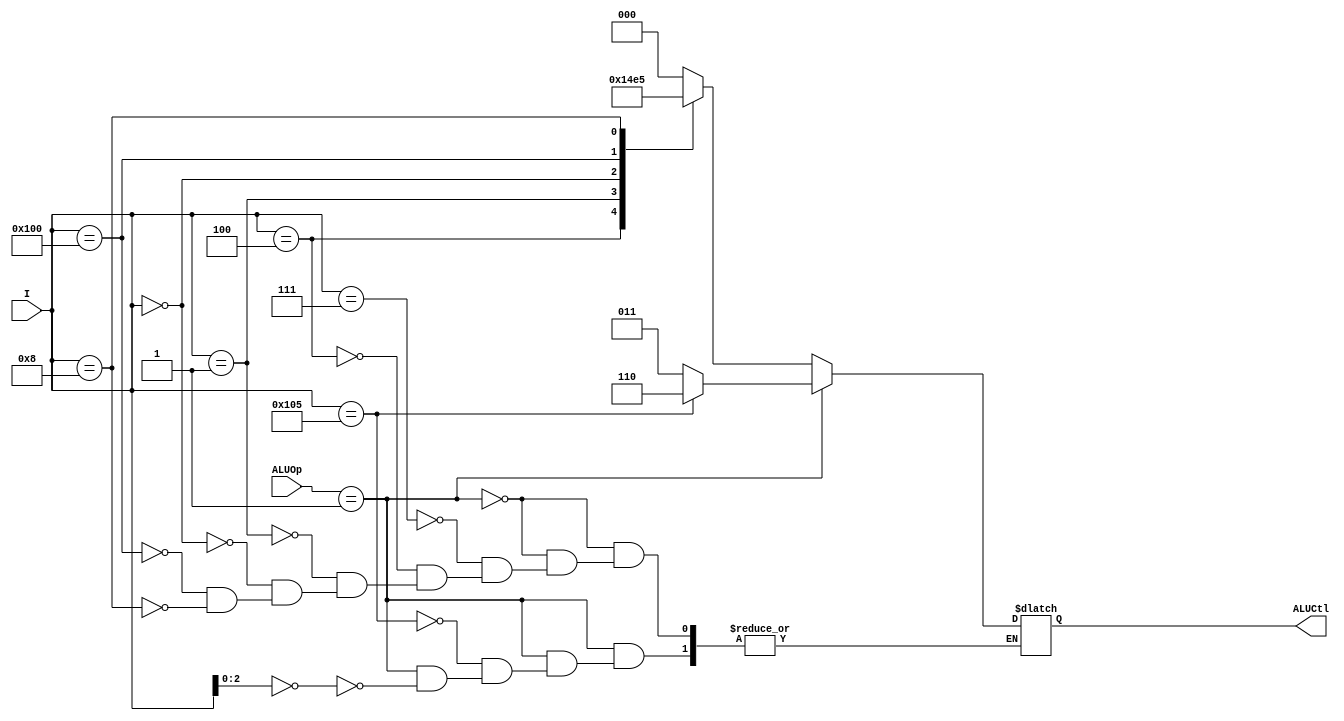
module ALU_Control (ALUOp, I, ALUCtl);

    input [1:0] ALUOp;
    input [9:0] I;
    output reg [2:0] ALUCtl;

    always @(*) begin
        if (ALUOp == 2'b01) begin
            if (I[2:0] == 3'b000) begin
                ALUCtl = 3'b011;
            end
                // srai
            if (I[9:0] == 10'b0100000101) begin
                ALUCtl = 3'b110;
            end
        // end else if (ALUOp = 2'b00) begin
        //     ALUCtl = 3'b010;
        end else begin
            case (I) 
                // and
                {7'b0, 3'b111}: begin
                    ALUCtl = 3'b000;
                end
                // xor
                {7'b0, 3'b100}: begin
                    ALUCtl = 3'b001;
                end
                // sll
                {7'b0, 3'b001}: begin
                    ALUCtl = 3'b010;
                end
                // add
                10'b0: begin
                    ALUCtl = 3'b011;
                end
                // sub
                {10'b0100000000}: begin
                    ALUCtl = 3'b100;
                end
                // mul
                {10'b0000001000}: begin
                    ALUCtl = 3'b101;
                end
            endcase
        end
    end



endmodule